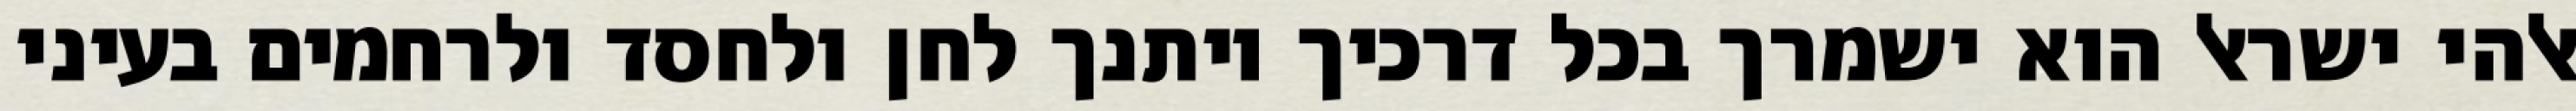
אלהי ישראל הוא ישמרך בכל דרכיך ויתנך לחן ולחסד ולרחמים בעיני